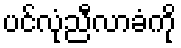
ပင်လုံညီလာခံကို